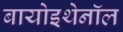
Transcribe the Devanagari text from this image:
बायोइथेनॉल